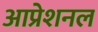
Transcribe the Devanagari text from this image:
आप्रेशनल